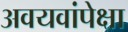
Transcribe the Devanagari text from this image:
अवयवांपेक्षा